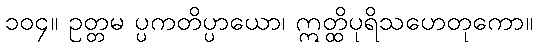
၁၀၄။ ဥတ္တမ ပ္ပကတိပ္ပာယော၊ ဣတ္ထိပုရိသဟေတုကော။